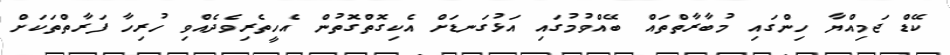
ކޭޑް ޖަމިއްޔާ ހިންގައި މުބާރާތްތައް ބޭއްވުމުގައި އަޅުގަނޑަށް އެކިގޮތްގޮތުން އެހީތެރިވެދެއްވި ހުރިހާ ފަރާތްތަކަށް